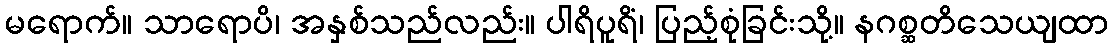
မရောက်။ သာရောပိ၊ အနှစ်သည်လည်း။ ပါရိပူရိံ၊ ပြည့်စုံခြင်းသို့။ နဂစ္ဆတိသေယျထာ